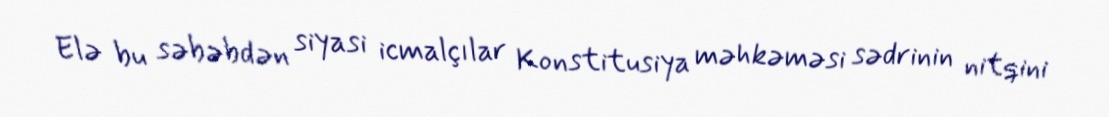
Elə bu səbəbdən siyasi icmalçılar Konstitusiya məhkəməsi sədrinin nitqini